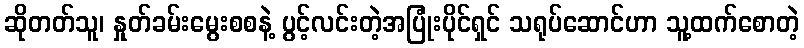
ဆိုတတ်သူ၊ နှုတ်ခမ်းမွေးစစနဲ့ ပွင့်လင်းတဲ့အပြုံးပိုင်ရှင် သရုပ်ဆောင်ဟာ သူ့ထက်စောတဲ့